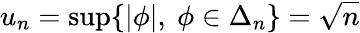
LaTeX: u_{n}=\operatorname*{sup}\{ |\phi|,\ \phi\in\Delta_{n}\} =\sqrt n